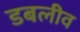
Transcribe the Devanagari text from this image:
डबलीव